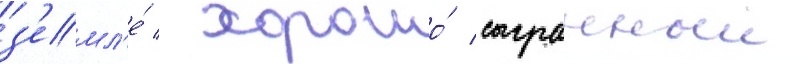
з'емл'е́ / хорошо́ сыгранныи